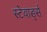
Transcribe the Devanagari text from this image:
स्टेवार्ड्स